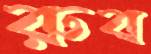
রুব